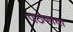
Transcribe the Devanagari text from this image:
पठणाचा